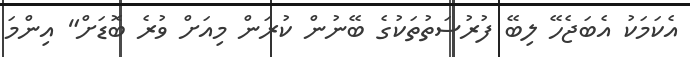
އެކަމަކު އެބަޖެހޭ ލިބޭ ފުރުސަތުތަކުގެ ބޭނުން ކުރަން މިއަށް ވުރެ ބޮޑަށް" އިންމަ